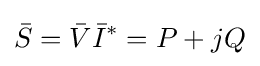
{\bar {S}}={\bar {V}}{\bar {I}}^{*}=P+jQ